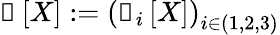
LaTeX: \boldsymbol{\mathscr{e}}\left[X\right]:=\left(\boldsymbol{\mathscr{e}}_{i}\left[X\right]\right)_{i\in(1,2,3)}